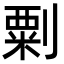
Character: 㔄